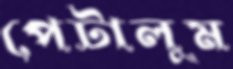
পেটালুম